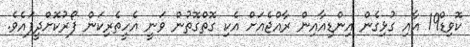
ކޮވިޑް19 އާއި ގުޅިގެން އިންޑިއާއިން ރާއްޖެއަށް އެކި ގޮތްގޮތުން ވަނީ އެހީތެރިކަން ފޯރުކޮށްދީފައެވެ.